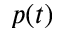
p ( t )